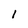
Character: 1